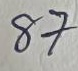
87